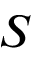
S